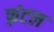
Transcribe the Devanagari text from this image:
फ़्रंटल